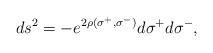
LaTeX: \begin{align*}ds^2=- e^{2\rho(\sigma^+,\sigma^-)} d\sigma^+ d\sigma^-,\end{align*}